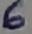
Text: 6